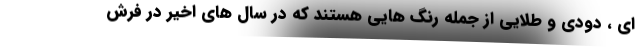
ای ، دودی و طلایی از جمله رنگ هایی هستند که در سال های اخیر در فرش